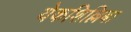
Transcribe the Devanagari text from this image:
येकशिल्लिबा